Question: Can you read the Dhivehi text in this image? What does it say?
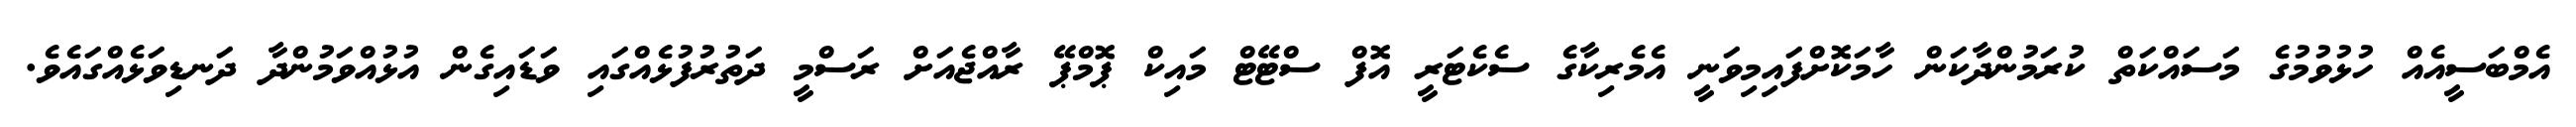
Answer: އެމްބަސީއެއް ހުޅުވުމުގެ މަސައްކަތް ކުރަމުންދާކަން ހާމަކޮށްފައިމިވަނީ އެމެރިކާގެ ސެކެޓަރީ އޮފް ސްޓޭޓް މައިކް ޕޮމްޕޭ ރާއްޖެއަށް ރަސްމީ ދަތުރުފުޅެއްގައި ވަޑައިގެން އުޅުއްވަމުންދާ ދަނޑިވަޅެއްގައެވެ.